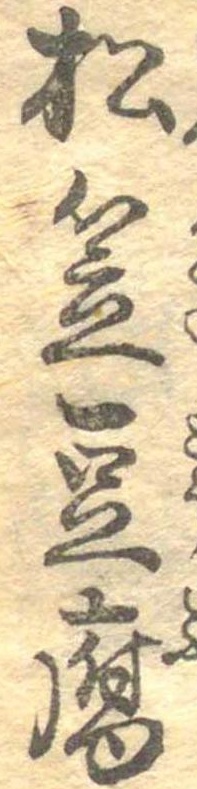
松笠豆腐